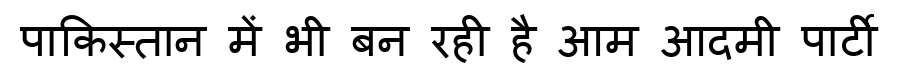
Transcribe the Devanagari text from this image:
पाकिस्तान में भी बन रही है आम आदमी पार्टी